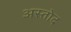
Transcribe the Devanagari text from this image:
अस्तोद